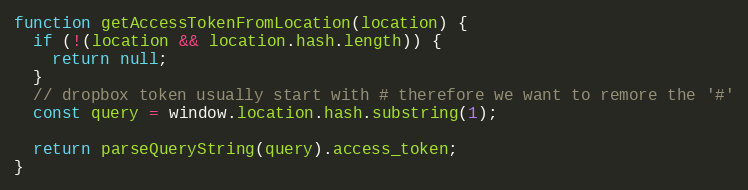
Language: JavaScript
function getAccessTokenFromLocation(location) {
  if (!(location && location.hash.length)) {
    return null;
  }
  // dropbox token usually start with # therefore we want to remore the '#'
  const query = window.location.hash.substring(1);

  return parseQueryString(query).access_token;
}